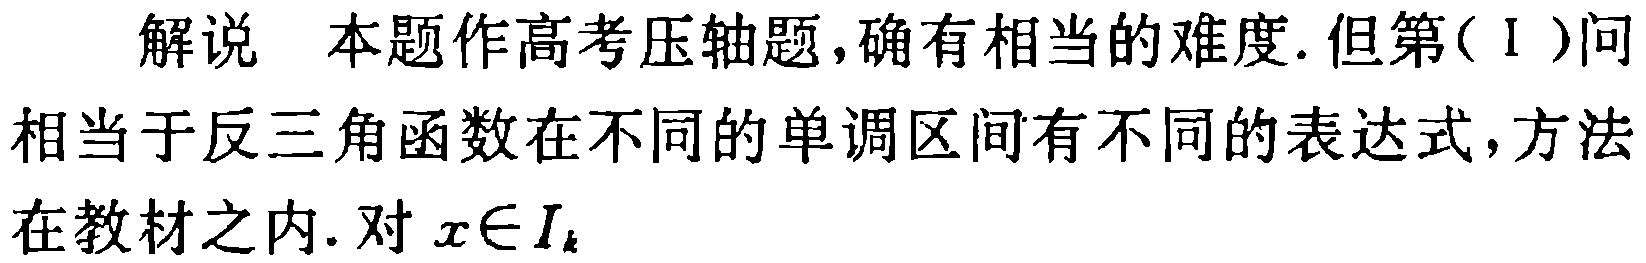
解说 本题作高考压轴题,确有相当的难度.但第(Ⅰ)问相当于反三角函数在不同的单调区间有不同的表达式,方法在教材之内. 对 \(x\in I_{k}\)